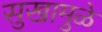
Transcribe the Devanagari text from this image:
सुखामुळे